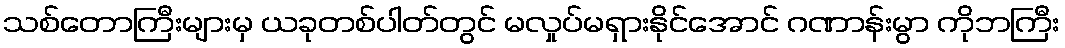
သစ်တောကြီးများမှ ယခုတစ်ပါတ်တွင် မလှုပ်မရှားနိုင်အောင် ဂဏာန်းမွာ ကိုဘကြီး